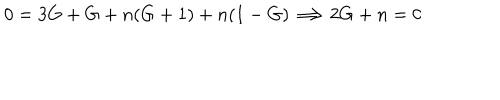
0 = 3 G + G + n ( G + 1 ) + n ( 1 - G ) \Longrightarrow 2 G + n = 0